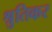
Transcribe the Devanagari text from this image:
श्रुतिकर